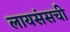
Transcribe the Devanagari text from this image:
लायसंसची